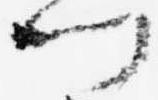
門